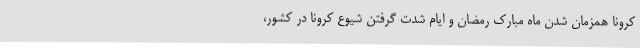
کرونا همزمان شدن ماه مبارک رمضان و ایام شدت گرفتن شیوع کرونا در کشور،